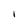
Character: I